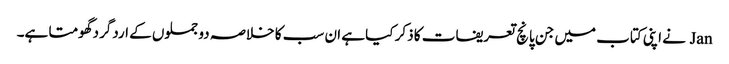
Jan نے اپنی کتاب میں جن پانچ تعریفات کا ذکر کیا ہے ان سب کا خلاصہ دو جملوں کے اردگرد گھومتا ہے۔